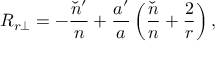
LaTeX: R _ { r \perp } = - \frac { \check { n } ^ { \prime } } { n } + \frac { a ^ { \prime } } { a } \left( \frac { \check { n } } { n } + \frac { 2 } { r } \right) ,